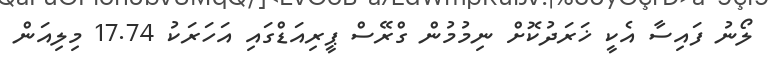
ލޯނު ފައިސާ އެކީ ޚަރަދުކޮށް ނިމުމުން ގްރޭސް ޕީރިއަޑްގައި އަހަރަކު 17.74 މިލިއަން